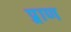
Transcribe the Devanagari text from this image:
प्र्राण